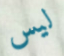
ليس